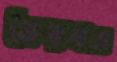
ভৈরবও